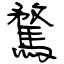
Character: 騖